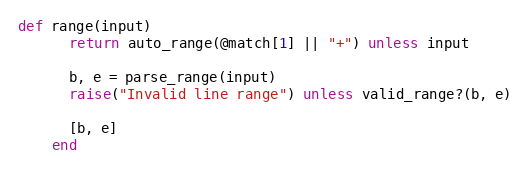
Language: Ruby
def range(input)
      return auto_range(@match[1] || "+") unless input

      b, e = parse_range(input)
      raise("Invalid line range") unless valid_range?(b, e)

      [b, e]
    end